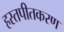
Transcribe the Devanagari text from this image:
हस्तपीतकरण